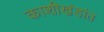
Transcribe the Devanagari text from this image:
काशीखंडांत